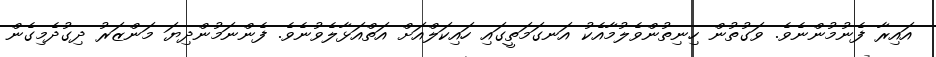
އައިރާ ފެނުމުންނެވެ. ވަގުތުން ހިނިތުންވެލުމާއެކު އަނގަމަތީގައި ހައިކަލްއަށް އަތްއަޅާލެވުނެވެ. ފެންނަމުންދިޔަ މަންޒަރު ދިގުދެމިގެން